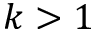
k > 1